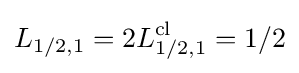
L_{1/2,1}=2L_{1/2,1}^{\mathrm {cl} }=1/2